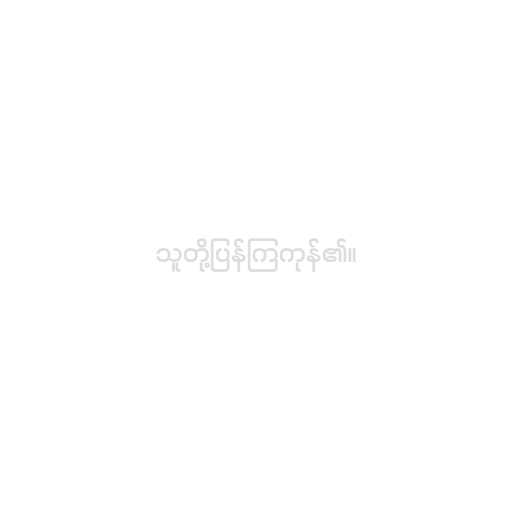
သူတို့ပြန်ကြကုန်၏။